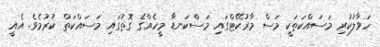
ހަވާލުކުރި މަސައްކަތަކީ މަސް މާރުކޭޓްގައި މަސްކަނޑާ މީހެއްގެ ގޮތުގައި މަސައްކަތް ކުރުމެވެ. އެއީ